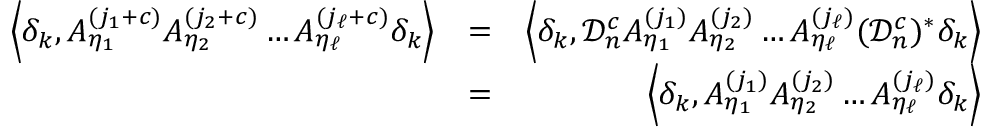
\begin{array} { r l r } { \left\langle \delta _ { k } , A _ { \eta _ { 1 } } ^ { ( j _ { 1 } + c ) } A _ { \eta _ { 2 } } ^ { ( j _ { 2 } + c ) } \ldots A _ { \eta _ { \ell } } ^ { ( j _ { \ell } + c ) } \delta _ { k } \right\rangle } & { = } & { \left\langle \delta _ { k } , \mathcal { D } _ { n } ^ { c } A _ { \eta _ { 1 } } ^ { ( j _ { 1 } ) } A _ { \eta _ { 2 } } ^ { ( j _ { 2 } ) } \ldots A _ { \eta _ { \ell } } ^ { ( j _ { \ell } ) } ( \mathcal { D } _ { n } ^ { c } ) ^ { * } \delta _ { k } \right\rangle } \\ & { = } & { \left\langle \delta _ { k } , A _ { \eta _ { 1 } } ^ { ( j _ { 1 } ) } A _ { \eta _ { 2 } } ^ { ( j _ { 2 } ) } \ldots A _ { \eta _ { \ell } } ^ { ( j _ { \ell } ) } \delta _ { k } \right\rangle } \end{array}